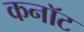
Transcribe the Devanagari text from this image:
कनाॅट